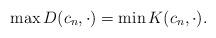
LaTeX: \begin{align*}\max D(c_n, \cdot)= \min K(c_n, \cdot).\end{align*}